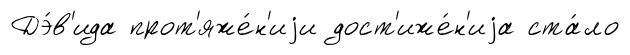
Дэ́в'ида прот'яже́н'иjи дост'иже́н'иjа ста́ло